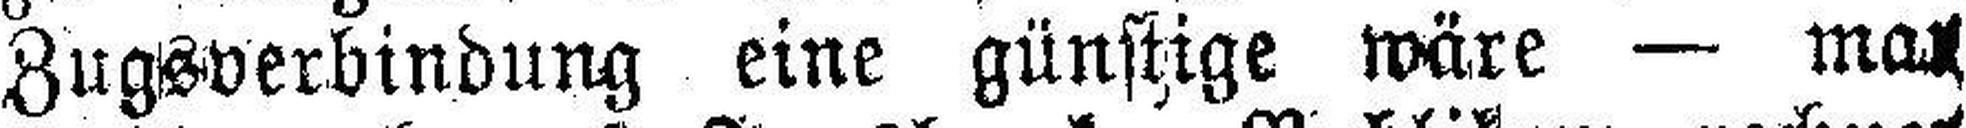
Zugsverbindung eine günstige wäre — man